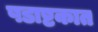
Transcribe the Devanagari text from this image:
षडाष्टकात